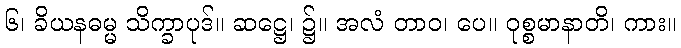
၆၊ ခိယနဓမ္မ သိက္ခာပုဒ်။ ဆဋ္ဌေ၊ ၌။ အလံ တာဝ၊ ပေ။ ဝုစ္စမာနာတိ၊ ကား။